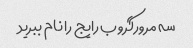
سه مرورگر وب رایج را نام ببرید